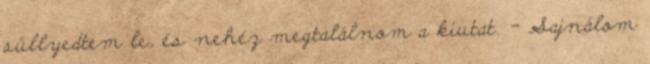
süllyedtem le, és nehéz megtalálnom a kiutat. - Sajnálom